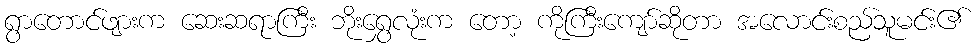
ရွာတောင်ဖျားက ဆေးဆရာကြီး ဘိုးရွှေလုံးက တော့ ကိုကြီးကျော်ဆိုတာ အလောင်းစည်သူမင်း၏